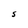
Character: S